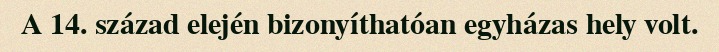
A 14. század elején bizonyíthatóan egyházas hely volt.